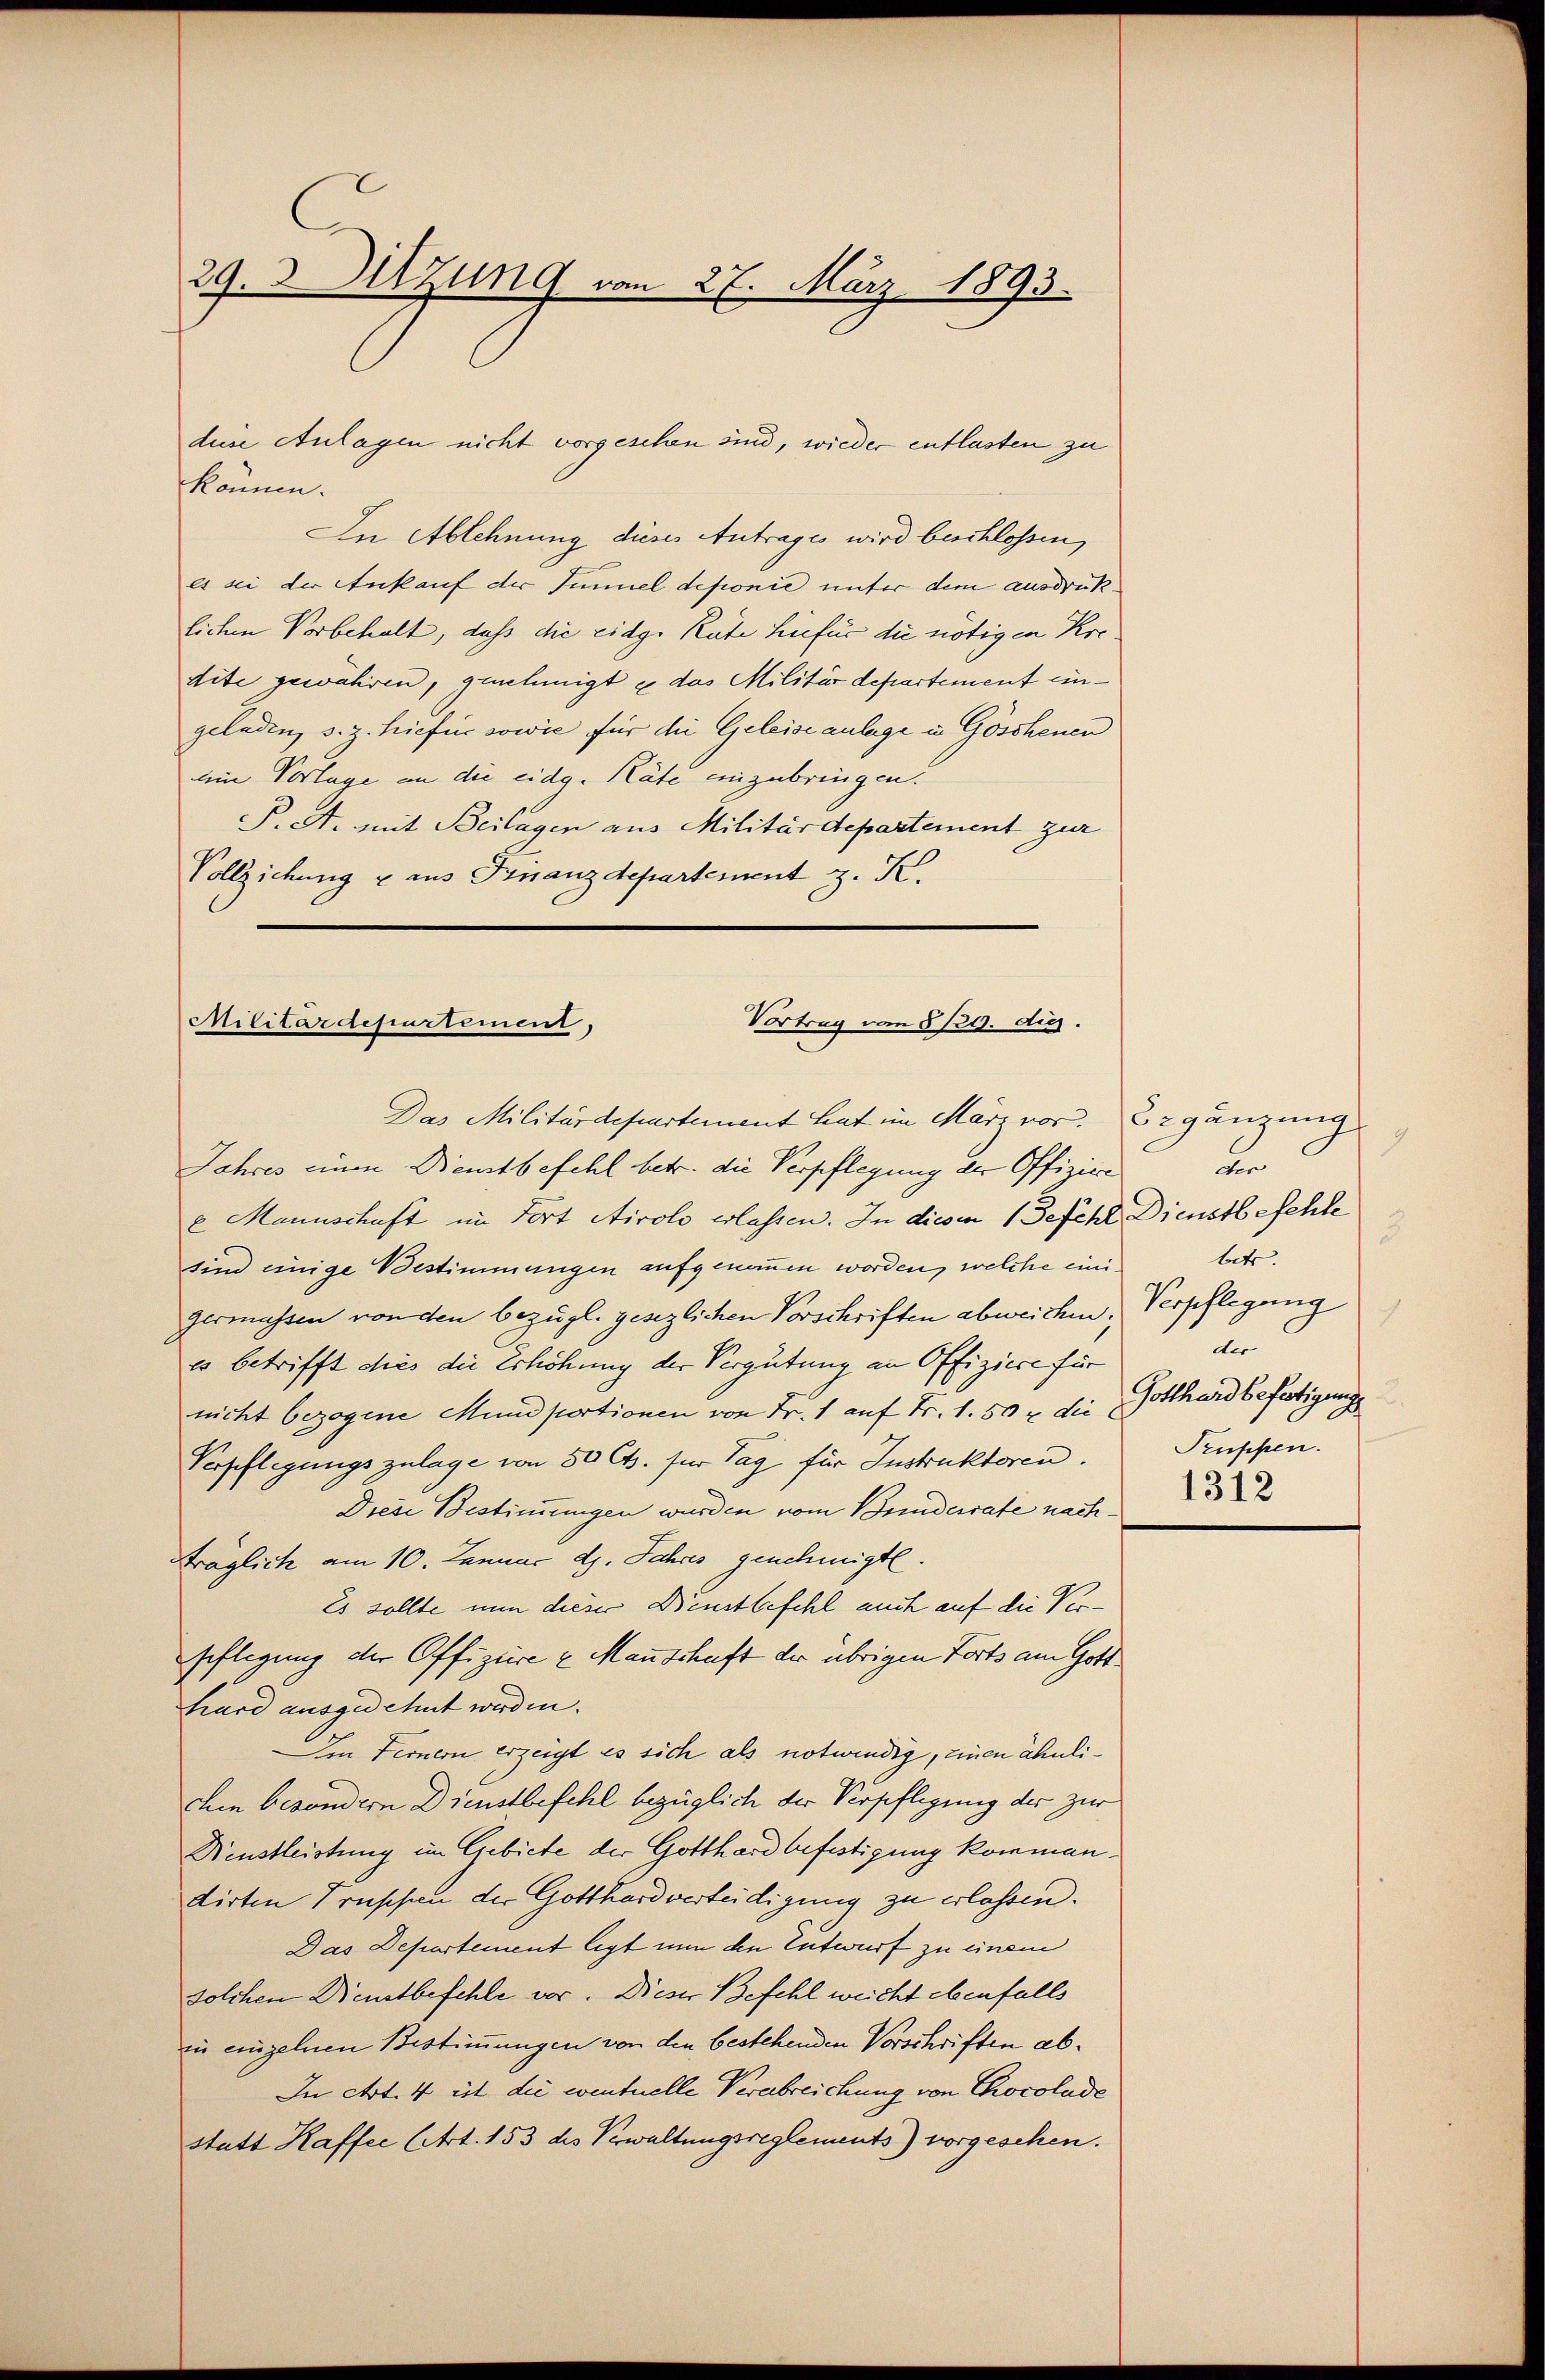
29. 3. Setzung vom 27. März 1893.

duise Anlagen nicht vorgeschen sind, wieder entlasten zu
könne.
In Ablehnung dieses Antrages wird beschlossen,
es sei der Ankauf der Immel deponie unter dem ausdrücklichen Vorbehalt, daß die eidge Rate hiefür die nötigen Kredite gewähren, genehmigt & das Militärdepartement eingeladen, s. z. hiefe sowie für die Geleiseanlage in Göschenen
am Vorlage an die eidg. Räte einzubringen.
P. A. mit Beilagen aus Militärdepartement zur
Vollziehung u aus Finanzdepartement z. K.

Militärdepartement,
Vortrag vom 8/29. die.
Das Militärdepartement hat im März vor. Er gänzung

Jahres einen Dienstbefehl betr. die Verpflegung der Offiziere
e Mannschaft im Fort Airolo erlassen. In diesen Befehl Dienstbefehle
sind einige Bestimmungen aufgenommen worden, welche einigermassen von den bezügl. gesezlichen Vorschriften abweichen,
es betrifft dies die Erhöhung der Vergütung an Offiziere für
nicht bezogene Mund portionen von Fr. 1 auf Fr. 1.50 r. die Gotthard befestigungs
Verpflegungszulage von 80 Cts. für Tag für Instruktoren.
Diese Bestimmungen wurden vom Bundesrate nachträglich am 10. Januar d. Jahres genehmigte.
Es sollte nun dieser Dienstbefehl auch auf die Ver¬
Pflegung der Offizieren Mannschaft der übrigen Forts am Gott
hard ausgedehnt werden.
Im Fernern erzeigt es sich als notwendig, einen ähnlichen besondern Dienstbefehl bezüglich der Verpfligung der zur
Nenstleistung im Gebiete der Gotthard befestigung kommen.
dirten Frischen der Gotthardverteidigung zu erlassen.
Das Departement liegt nun den Entwurf zu einem
solchen Dienstbefehle vor. Dieser Befehl weicht ebenfalls
in einzelnen Bestimmungen von den bestehenden Vorschriften ab¬
In Art. 4 ist die eventuelle Verabreichung von Chocolade
statt Kaffee (Art. 153 des Verwaltungsreglements) vorgesehen.

g
cer
3
betr.
Verpflegung
.
der
Truppen.
1312